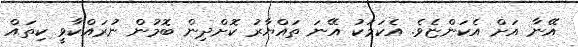
އޭނާ އަށް އެކަންޏެވެ. އެކަމަކު އޭނަ ތައްޔާރު ކޮށްދިން ބޮމުން ނުރައްކާވީ ކިތައް